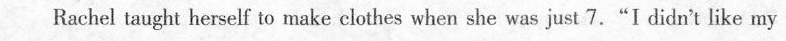
Rachel taught herself to make clothes when she was just 7."I didn't like my